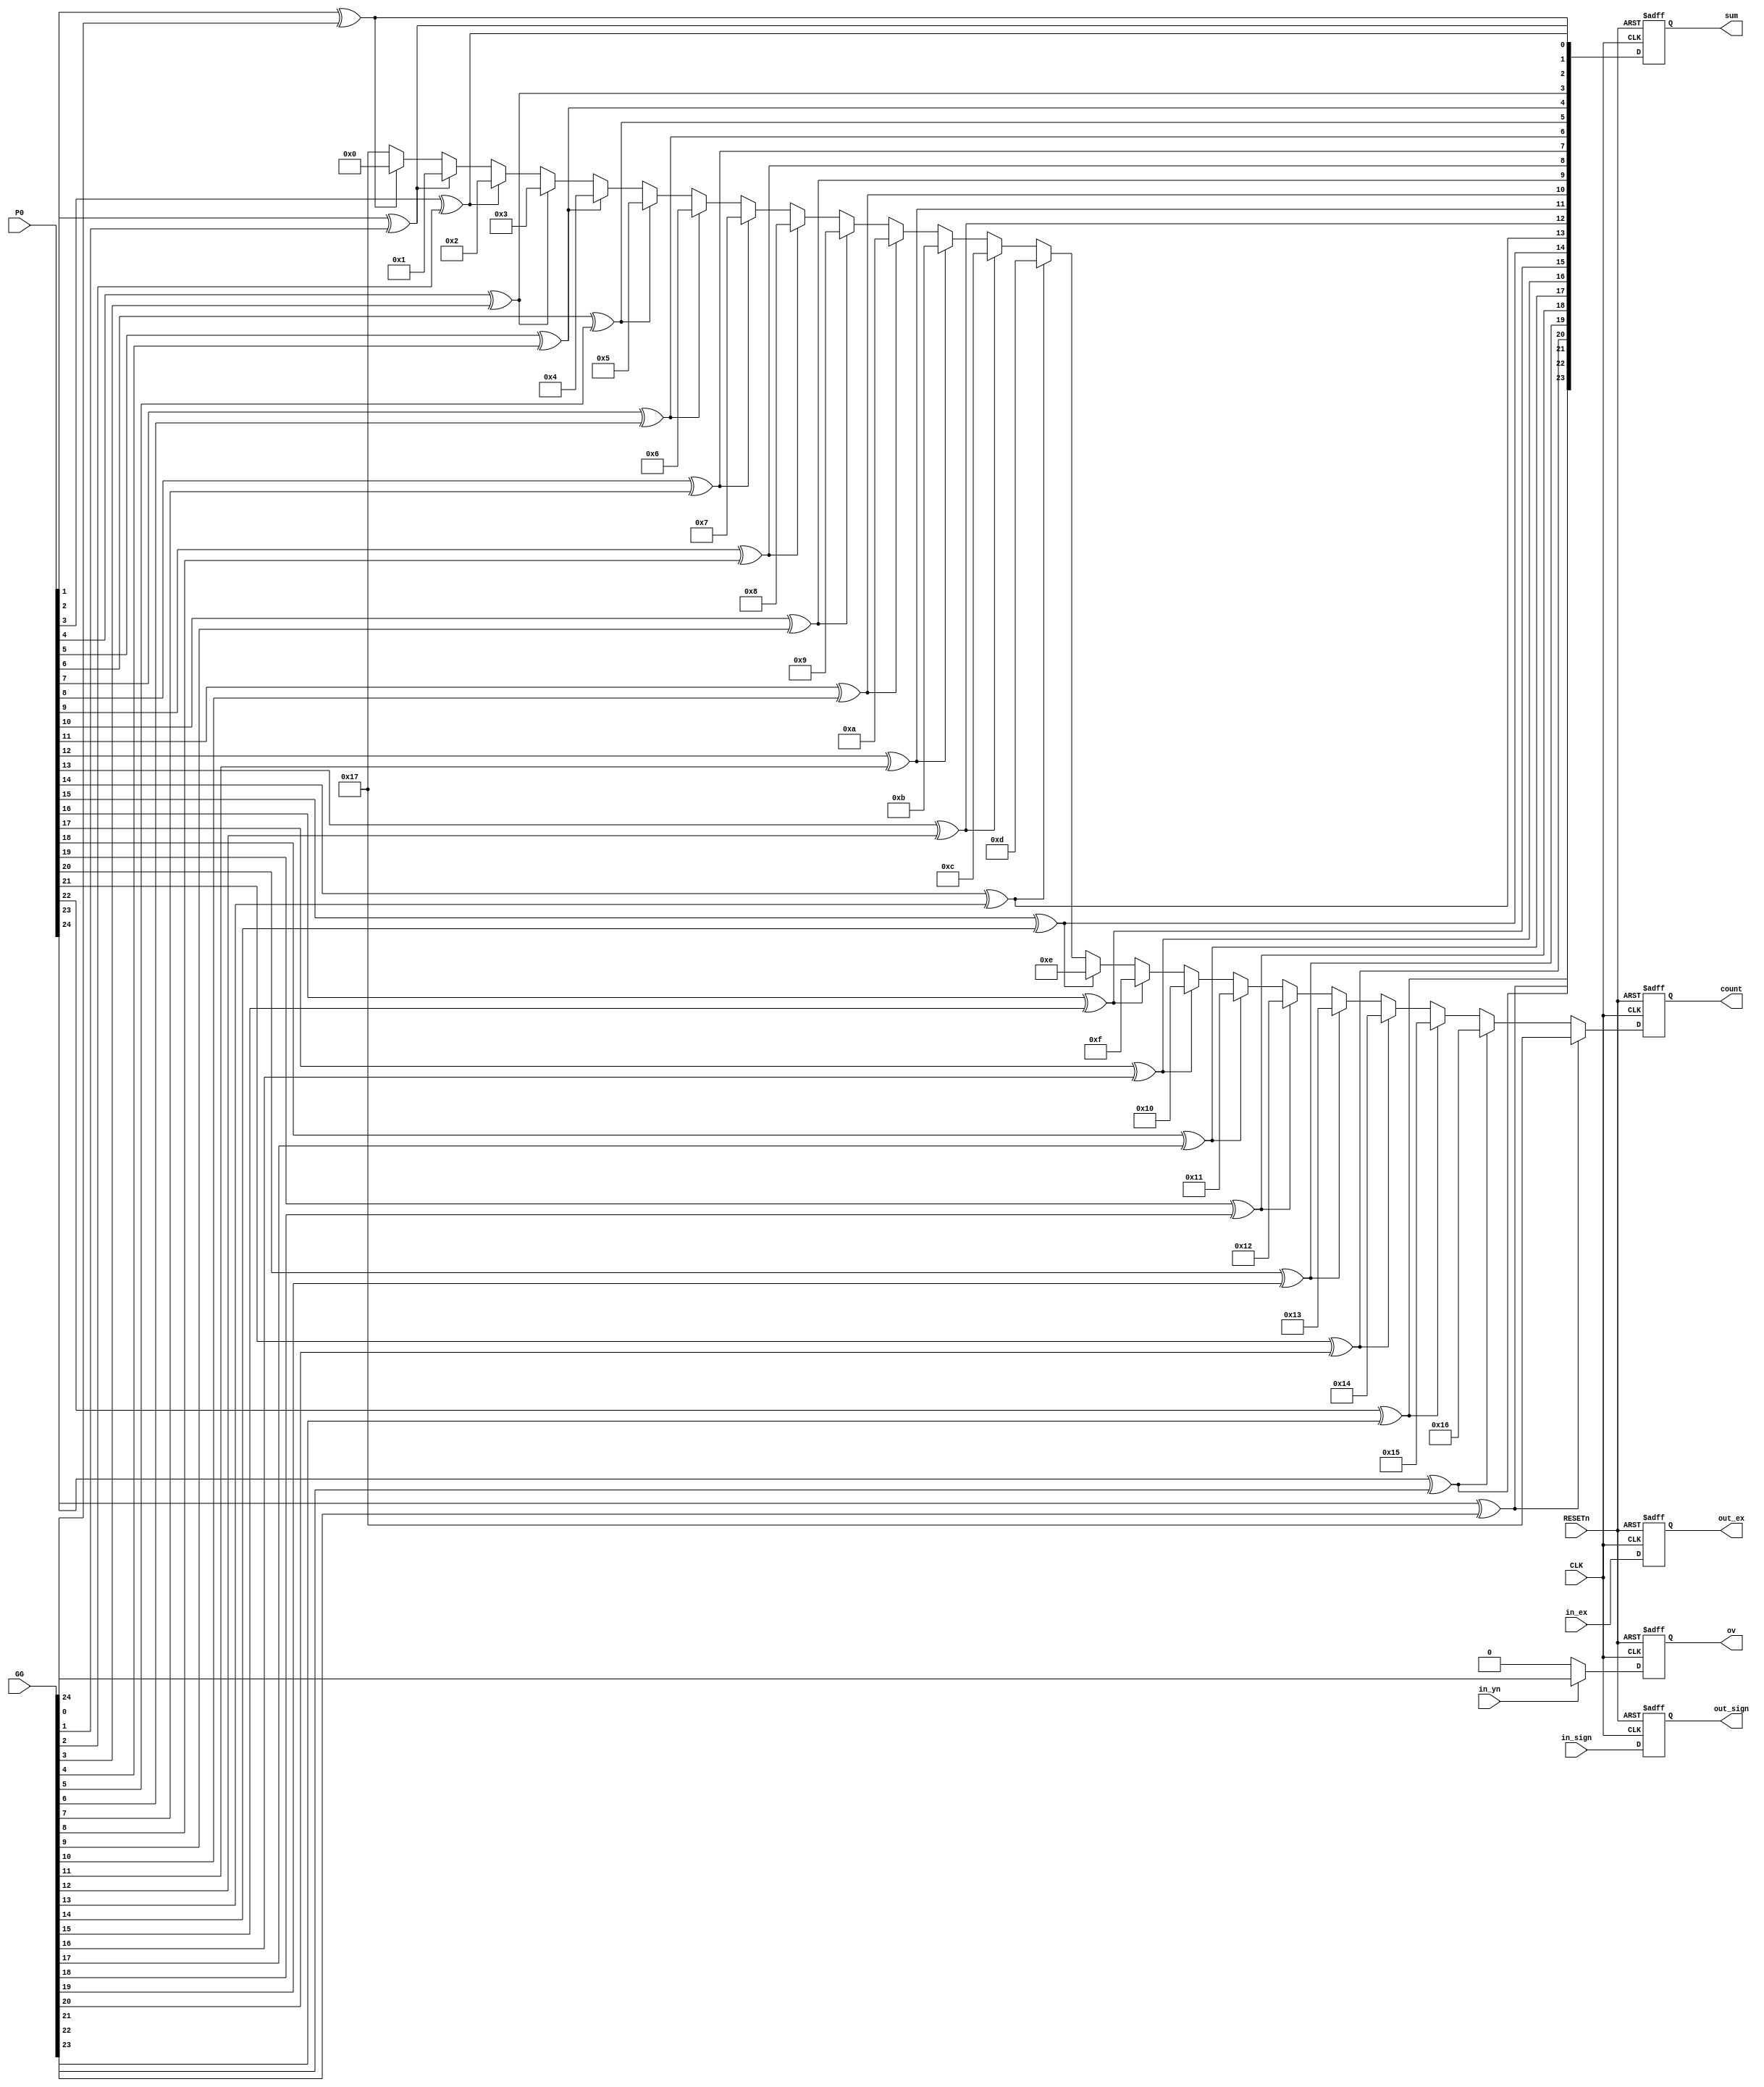
module fa_step4(CLK, RESETn, in_sign, in_ex, in_yn, P0, GG, sum, ov, out_sign, out_ex, count);
	input CLK, RESETn;
	
	input in_sign, in_yn;
	input [7:0] in_ex;
	
	input [24:0] P0, GG;
	
	output reg ov, out_sign;
	output reg [7:0] out_ex;
	output reg [23:0] sum;
	output reg [4:0] count;
	
	//Summation//////////////////////////////////
	wire [24:1] S;
	
	genvar i;
	generate
		for (i=1 ; i<=24 ; i=i+1) begin: KS6_loop
			assign S[i] = P0[i] ^ GG[i-1];
		end
	endgenerate
	
	
	//overflow/////////////////////////////////////
	wire overflow;
	
	assign overflow = (in_yn) ? GG[24] : 0;
	//in_yn (s_A, s_B  0 - overflow ,  1 - overflow=cout
	
	
	//firstone detection///////////////////////////////////
	always@(posedge CLK, negedge RESETn) begin
		if(!RESETn)	count = 23;
		else if (S[24]==1) count = 23;
		else if (S[23]==1) count = 22;
		else if (S[22]==1) count = 21;
		else if (S[21]==1) count = 20;
		else if (S[20]==1) count = 19;
		else if (S[19]==1) count = 18;
		else if (S[18]==1) count = 17;
		else if (S[17]==1) count = 16;
		else if (S[16]==1) count = 15;
		else if (S[15]==1) count = 14;
		else if (S[14]==1) count = 13;
		else if (S[13]==1) count = 12;
		else if (S[12]==1) count = 11;
		else if (S[11]==1) count = 10;
		else if (S[10]==1) count = 9;
		else if (S[9]==1) count = 8;
		else if (S[8]==1) count = 7;
		else if (S[7]==1) count = 6;
		else if (S[6]==1) count = 5;
		else if (S[5]==1) count = 4;
		else if (S[4]==1) count = 3;
		else if (S[3]==1) count = 2;
		else if (S[2]==1) count = 1;
		else if (S[1]==1) count = 0;
		else count = 23;
	end


	////////////////////////////////////
	always@(posedge CLK, negedge RESETn)begin
		if(!RESETn)begin
			ov <= 0;
			out_sign <= 0;
			out_ex <= 0;
			sum <= 0;
		end
		else begin
			out_sign <= in_sign;
			out_ex <= in_ex;
			ov <= overflow;
			sum <= S;
		end
	end
endmodule